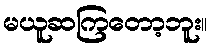
မယူဆကြတော့ဘူး။